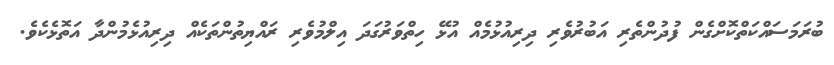
ބުރަމަސައްކަތްކޮށްގެން ފުދުންތެރި އަބުރުވެރި ދިރިއުޅުމެއް އުޅޭ ހިތްވަރުގަދަ އިލްމުވެރި ރައްޔިތުންތަކެއް ދިރިއުޅެމުންދާ އަތޮޅެކެވެ.